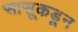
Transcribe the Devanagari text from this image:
सासूकडून